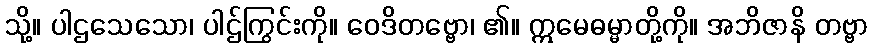
သို့။ ပါဌသေသော၊ ပါဌ်ကြွင်းကို။ ဝေဒိတဗ္ဗော၊ ၏။ ဣမေဓမ္မာတို့ကို။ အဘိဇာနိ တဗ္ဗာ